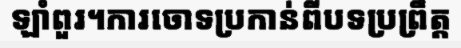
ឡាំពួរ។ការចោទប្រកាន់ពីបទប្រព្រឹត្ត